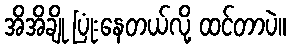
အိအိချို ပြုံးနေတယ်လို့ ထင်တာပဲ။